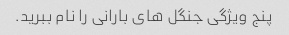
پنج ویژگی جنگل های بارانی را نام ببرید.